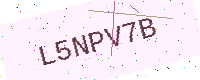
Text: L5NPV7B